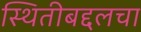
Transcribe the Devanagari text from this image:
स्थितीबद्दलचा